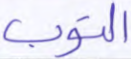
التوب